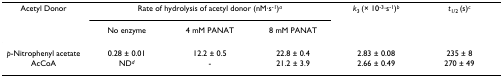
<table><thead><tr><td><b>Acetyl Donor</b></td><td colspan="3"><b>Rate of hydrolysis of acetyl donor (nM·s<sup>-1</sup>)<sup><i>a</i></sup></b></td><td><b><i>k</i><sub>3 </sub>(× 10<sup>-3</sup>·s<sup>-1</sup>)<sup><i>b</i></sup></b></td><td><b><i>t</i><sub>1/2 </sub>(s)<sup><i>c</i></sup></b></td></tr><tr><td></td><td><b>No enzyme</b></td><td><b>4 mM PANAT</b></td><td><b>8 mM PANAT</b></td><td></td><td></td></tr></thead><tbody><tr><td><i>p</i>-Nitrophenyl acetate</td><td>0.28 ± 0.01</td><td>12.2 ± 0.5</td><td>22.8 ± 0.4</td><td>2.83 ± 0.08</td><td>235 ± 8</td></tr><tr><td>AcCoA</td><td>ND<sup><i>d</i></sup></td><td>-</td><td>21.2 ± 3.9</td><td>2.66 ± 0.49</td><td>270 ± 49</td></tr></tbody></table>